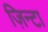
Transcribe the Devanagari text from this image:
ज़िन्टा